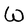
Character: W